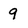
Character: 9